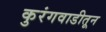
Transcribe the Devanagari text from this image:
कुरंगवाडीतून